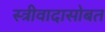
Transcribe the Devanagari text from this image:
स्त्रीवादासोबत